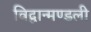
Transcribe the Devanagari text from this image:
विद्वान्मण्डली